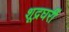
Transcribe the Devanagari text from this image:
शूद्रघरीं